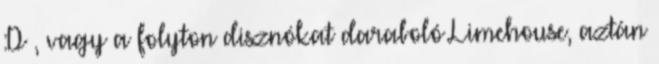
:D , vagy a folyton disznókat daraboló Limehouse, aztán